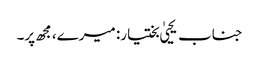
جناب یحییٰ بختیار: میرے، مجھ پر۔